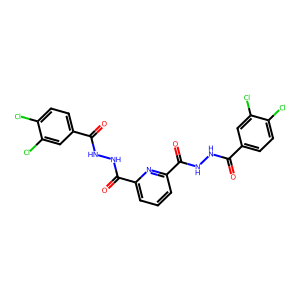
SMILES: O=C(NNC(=O)c1cccc(C(=O)NNC(=O)c2ccc(Cl)c(Cl)c2)n1)c1ccc(Cl)c(Cl)c1
Inhibits HIV replication: No